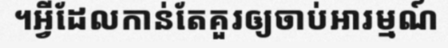
។អ្វីដែលកាន់តែគួរឲ្យចាប់អារម្មណ៍